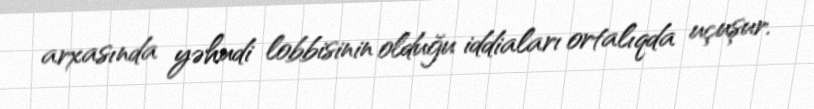
arxasında yəhudi lobbisinin olduğu iddiaları ortalıqda uçuşur.